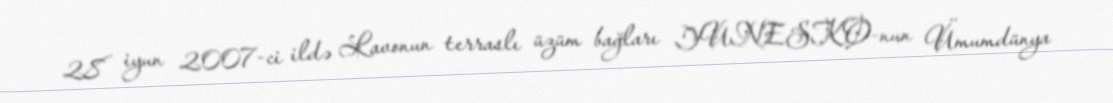
28 iyun 2007-ci ildə Lavonun terraslı üzüm bağları YUNESKO-nun Ümumdünya